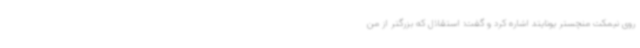
روی نیمکت منچستر یونایتد اشاره کرد و گفت: استقلال که بزرگتر از من